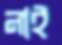
নাই